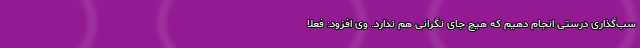
سب‌گذاری درستی انجام دهیم که هیچ جای نگرانی هم ندارد. وی افزود: فعلا